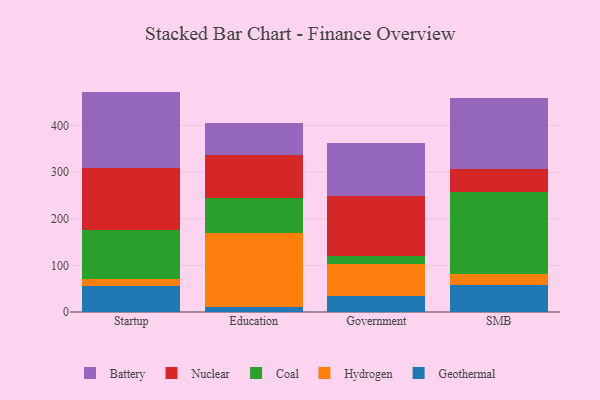
{"axis": {"x": "Segment", "y": "Gross Profit (USD K)"}, "legend": ["Battery", "Coal", "Geothermal", "Hydrogen", "Nuclear"], "data": [{"x": "Startup", "y": 55.5, "type": "Geothermal"}, {"x": "Startup", "y": 16.2, "type": "Hydrogen"}, {"x": "Startup", "y": 103.4, "type": "Coal"}, {"x": "Startup", "y": 132.9, "type": "Nuclear"}, {"x": "Startup", "y": 164.8, "type": "Battery"}, {"x": "Education", "y": 10.3, "type": "Geothermal"}, {"x": "Education", "y": 158.4, "type": "Hydrogen"}, {"x": "Education", "y": 75.3, "type": "Coal"}, {"x": "Education", "y": 92.6, "type": "Nuclear"}, {"x": "Education", "y": 69.2, "type": "Battery"}, {"x": "Government", "y": 34.8, "type": "Geothermal"}, {"x": "Government", "y": 68.6, "type": "Hydrogen"}, {"x": "Government", "y": 15.8, "type": "Coal"}, {"x": "Government", "y": 128.7, "type": "Nuclear"}, {"x": "Government", "y": 115.4, "type": "Battery"}, {"x": "SMB", "y": 57.4, "type": "Geothermal"}, {"x": "SMB", "y": 24.8, "type": "Hydrogen"}, {"x": "SMB", "y": 175.5, "type": "Coal"}, {"x": "SMB", "y": 48.8, "type": "Nuclear"}, {"x": "SMB", "y": 152.5, "type": "Battery"}]}